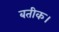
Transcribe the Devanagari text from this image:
बतीक।